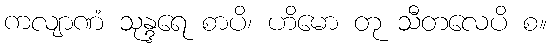
ကလျာဏံ သုန္ဒရေ စာပိ၊ ဟိမော တု သီတလေပိ စ။